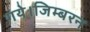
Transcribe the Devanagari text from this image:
गये।जिम्बरन